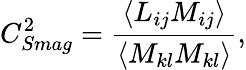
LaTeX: C_{Smag}^{2}=\frac{\langle L_{ij}M_{ij}\rangle}{\langle M_{kl}M_{kl}\rangle},